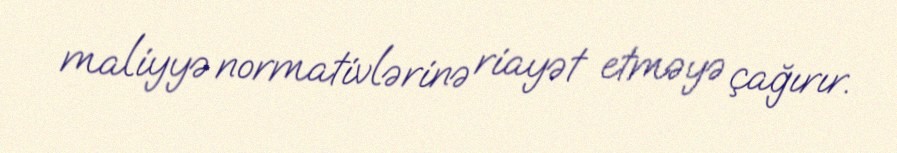
maliyyə normativlərinə riayət etməyə çağırır.